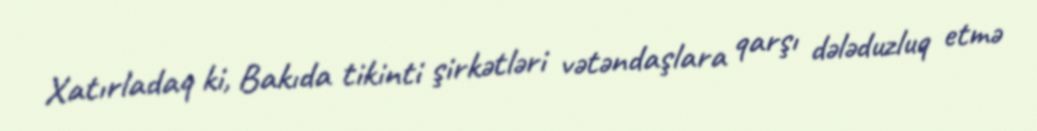
Xatırladaq ki, Bakıda tikinti şirkətləri vətəndaşlara qarşı dələduzluq etmə